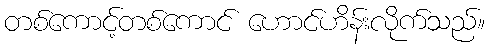
တစ်ကောင့်တစ်ကောင် ဟောင်ဟိန်းလိုက်သည်။